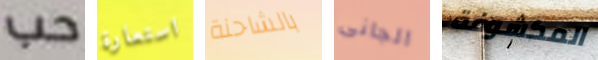
حب استعارة بالشاحنة الجانى المكشوفة